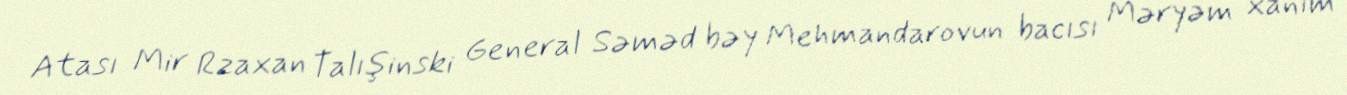
Atası Mir Rzaxan Talışinski General Səməd bəy Mehmandarovun bacısı Məryəm xanım